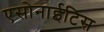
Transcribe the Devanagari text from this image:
एसोनाईटिस